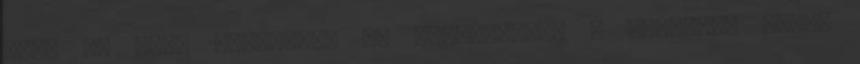
Csak el kell juttatnod az üzenetedet, a terméked által